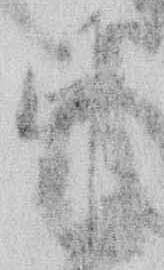
中